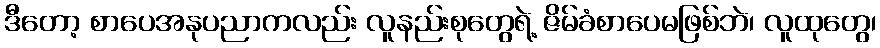
ဒီတော့ စာပေအနုပညာကလည်း လူနည်းစုတွေရဲ့ ဇိမ်ခံစာပေမဖြစ်ဘဲ၊ လူထုတွေ၊